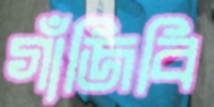
গাঁজিবি